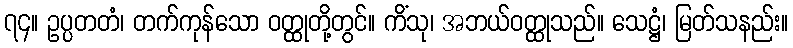
၇၄။ ဥပ္ပတတံ၊ တက်ကုန်သော ဝတ္ထုတို့တွင်။ ကိံသု၊ အဘယ်ဝတ္ထုသည်။ သေဋ္ဌံ၊ မြတ်သနည်း။